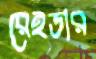
রেইডার